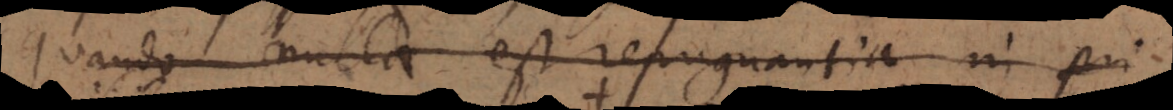
quando nulla est repugnantia in pri